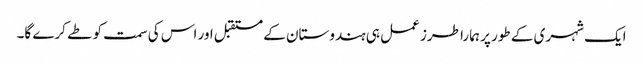
ایک شہری کے طور پر ہمارا طرز عمل ہی ہندوستان کے مستقبل اور اس کی سمت کو طے کرے گا۔